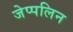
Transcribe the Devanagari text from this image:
जेप्पलिन